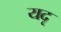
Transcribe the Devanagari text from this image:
यदृ